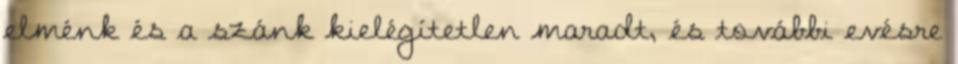
elménk és a szánk kielégítetlen maradt, és további evésre